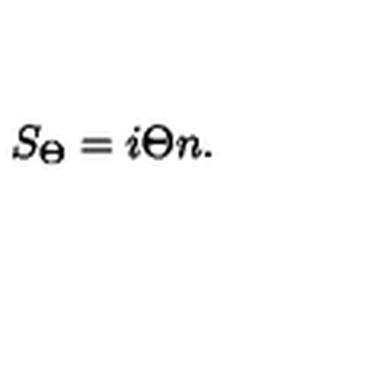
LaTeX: S _ { \Theta } = i \Theta n .